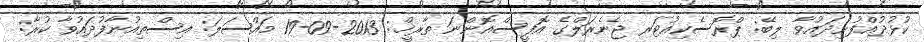
ކުޅުދުއްފުށިދައުވާ ލިބޭ: ޕްރޮސެކިއުޓަރ ޖެނެރަލްގެ އޮފީސްއޮންނަ ތާރީޚް: 2013-09-19 މައްސަލަ: އިސްތިއުނާފުދައުވާ ކުރާ: